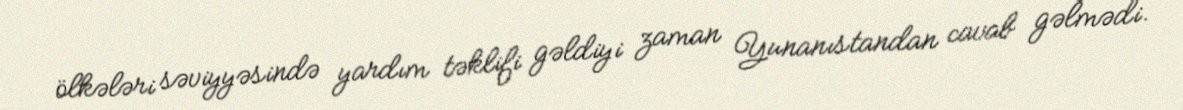
ölkələri səviyyəsində yardım təklifi gəldiyi zaman Yunanıstandan cavab gəlmədi.